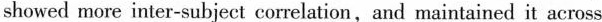
showed more inter-subject correlation,and maintained it across